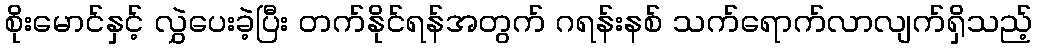
စိုးမောင်နှင့် လွှဲပေးခဲ့ပြီး တက်နိုင်ရန်အတွက် ဂရန်းနစ် သက်ရောက်လာလျက်ရှိသည့်